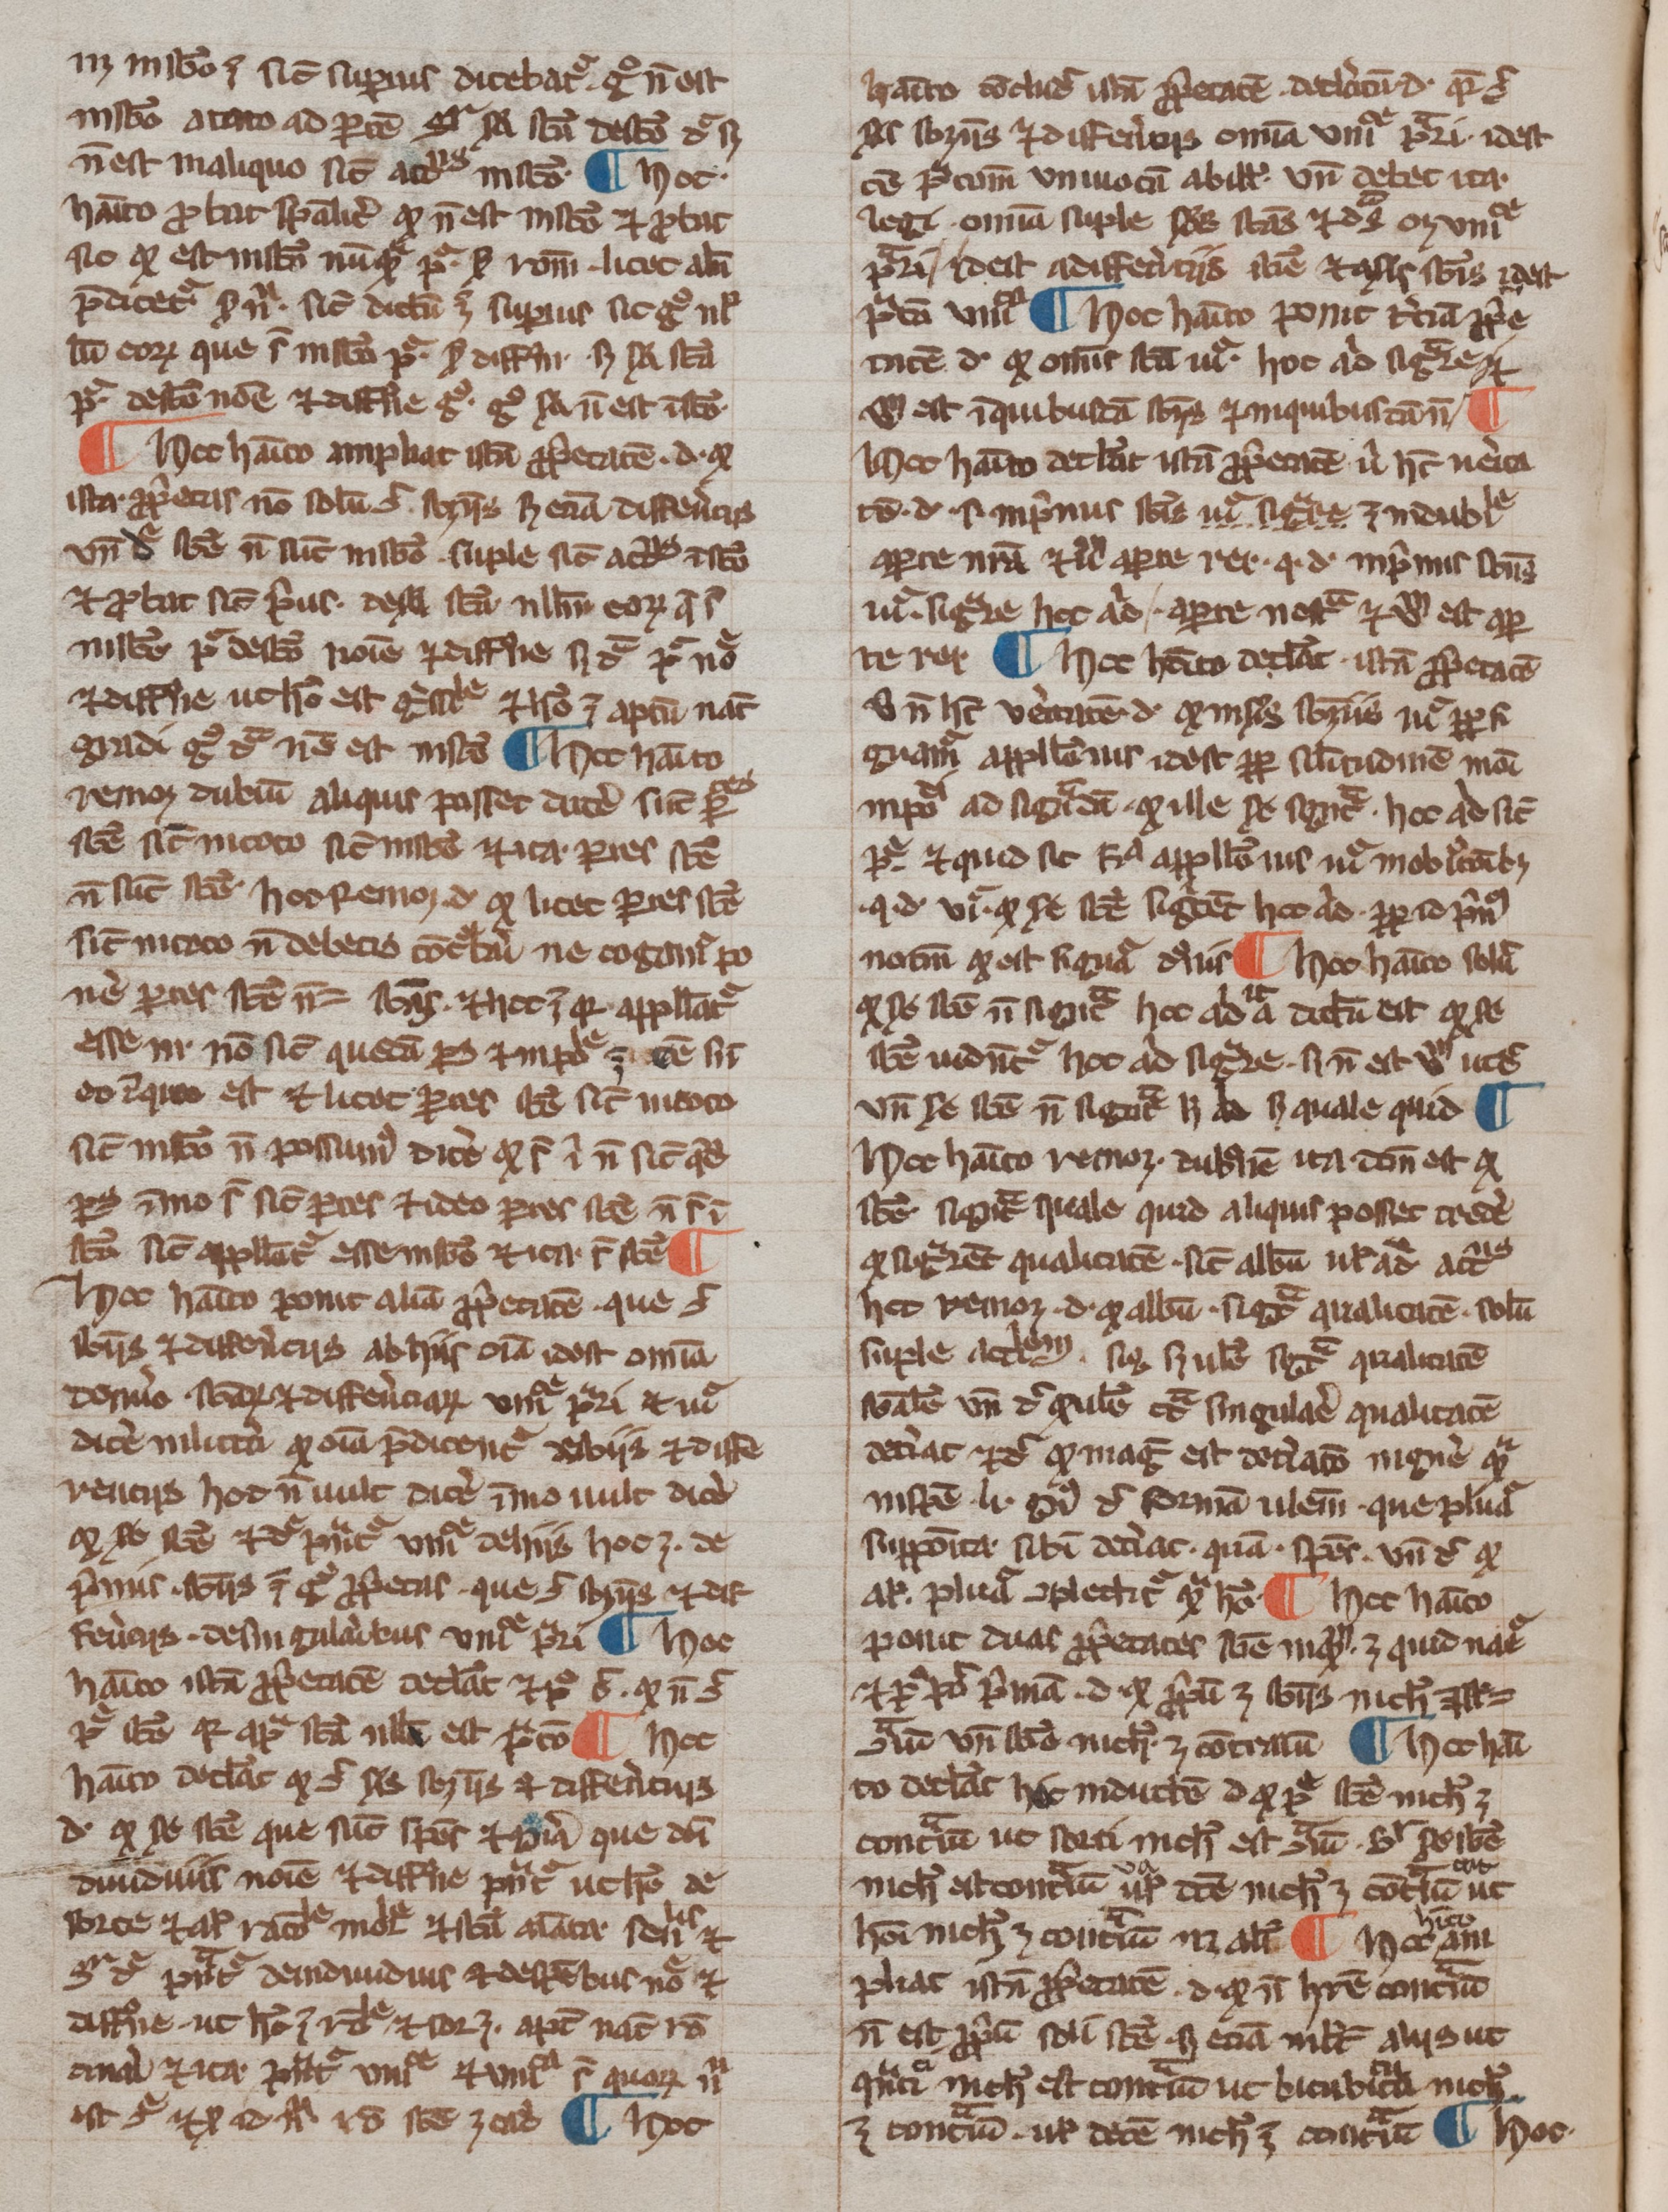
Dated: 1200–1399